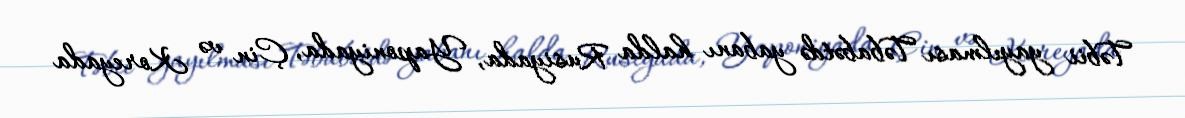
Təbii yayılması Təbabətdə yabanı halda Rusiyada, Yaponiyada, Çin və Koreyada